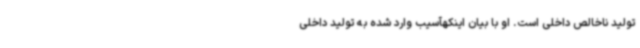
تولید ناخالص داخلی است. او با بیان اینکهآسیب وارد شده به تولید داخلی